Lunatic asylums in Bengal annual reports 1912-1924 - 1912-1924
Year: 1912
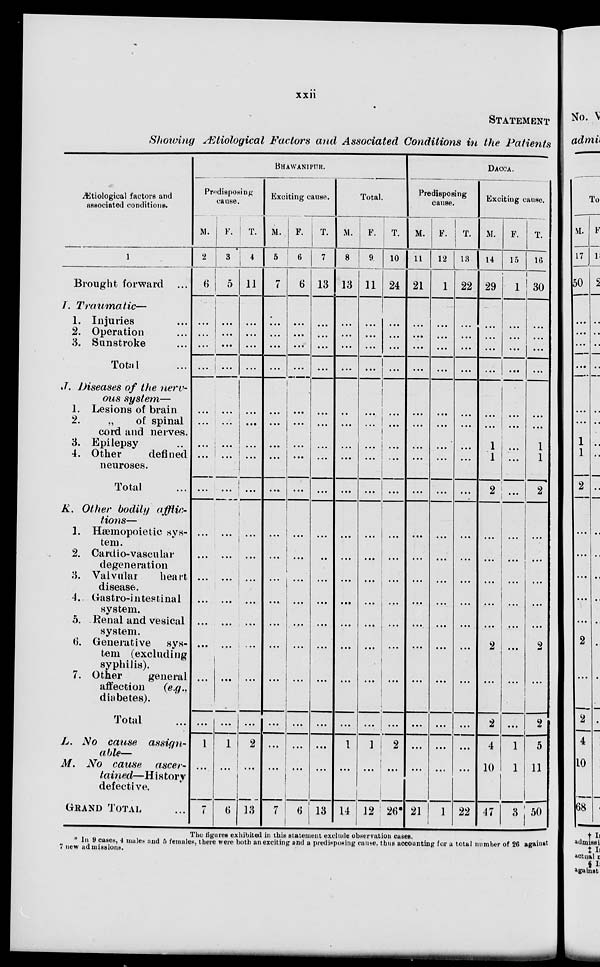
xxii
STATEMENT
Showing Ætiological Factors and Associated Conditions in the Patients
Ætiological factors and
associated conditions.
1
Brought forward
I.
Traumatic—
1. Injuries ...
2. Operation ...
3. Sunstroke ...
Total ...
J. Diseases of the nerv-
ous system—
1. Lesions of brain
2.
„
of spinal
cord and nerves.
3. Epilepsy
4. Other
defined
neuroses.
Total ...
K. Other bodily afflic-
tions—
1. Hæmopoietic sys-
tem.
2. Cardio-vascnlar
degeneration
3. Valvular
heart
disease.
4. Gastro-intesfinal
system.
5. Renal and vesical
system.
6. Generative
sys-
tem (excluding
syphilis).
7. Other
general
affection
(e.g..
diabetes).
Total ...
L. No cause
assign-
able—
M. No cause
ascer-
tained—History
defective.
GRAND TOTAL ...
BHAWANIPUR.
Predisposing
cause.
M.
2
6
...
...
...
...
...
...
...
...
...
...
...
...
...
...
...
...
...
1
...
7
F.
3
5
...
...
...
...
...
...
...
...
...
...
...
...
...
...
...
...
...
1
...
6
T.
4
11
...
...
...
...
...
...
...
...
...
...
...
...
...
...
...
...
...
2
...
13
Exciting cause.
M.
5
7
...
...
...
...
...
...
...
...
...
...
...
...
...
...
...
...
...
...
...
7
F.
6
6
...
...
...
...
...
...
...
...
...
...
...
...
...
...
...
...
...
...
...
6
T.
7
13
...
...
...
...
...
...
...
...
...
...
...
...
...
...
...
...
...
...
...
13
Total.
M.
8
13
...
...
...
...
...
...
. ..
...
...
...
...
...
...
...
...
...
...
1
...
14
F.
9
11
...
...
...
...
...
...
...
...
...
...
...
...
...
...
...
...
...
1
...
12
T.
10
24
...
...
...
...
...
...
...
...
...
...
...
...
...
...
...
...
...
2
...
26*
DACCA.
Predisposing
cause.
M.
11
21
...
...
...
...
...
...
...
...
...
...
...
...
...
...
...
...
...
...
...
21
F.
12
1
...
...
...
...
...
...
...
...
...
...
...
...
...
...
...
...
...
...
...
1
T.
15
22
...
...
...
...
...
...
...
...
...
...
...
...
...
...
...
...
...
...
...
22
Exciting cause.
M.
14
29
...
...
...
...
...
...
1
1
2
...
...
...
...
...
2
...
2
4
10
47
F.
15
1
...
...
...
...
...
...
...
...
...
...
...
...
...
...
...
...
...
1
1
3
T.
16
30
...
...
...
...
...
...
1
1
2
...
...
...
...
...
2
...
2
5
11
50
The figures exhibited in this statement exclude observation cases.
* In 9 cases, 4 males and 5 females, there were both an exciting and a predisposing cause. thus accounting for a total number of 26 against
7 new admissions.